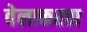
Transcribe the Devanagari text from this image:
वेलाकरता